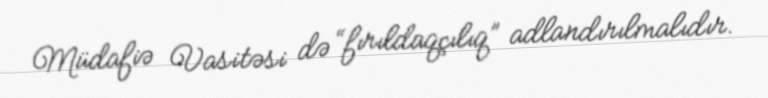
Müdafiə Vasitəsi də “fırıldaqçılıq” adlandırılmalıdır.